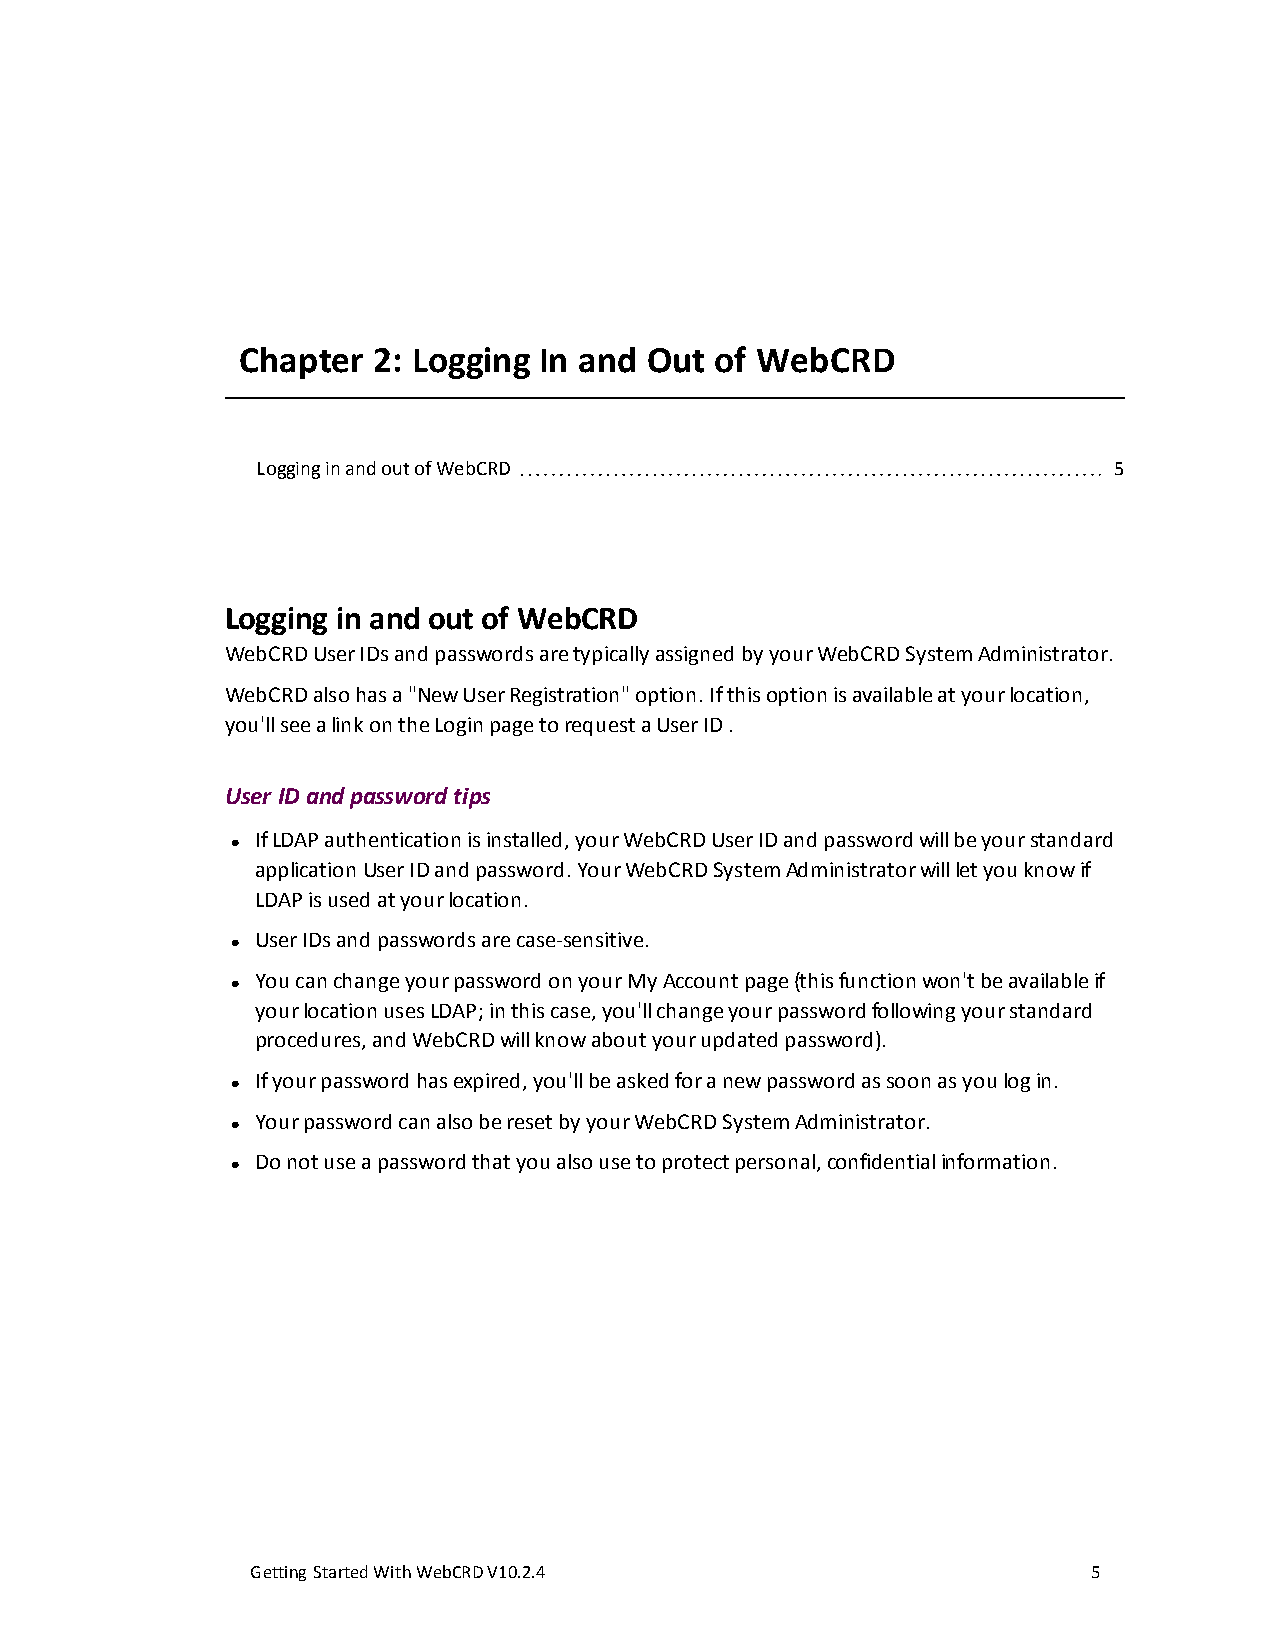
Chapter  2: Logging In and Out of WebCRD
 Logging in and out of WebCRD                             5
 Logging in and out of WebCRD
 WebCRD User IDs and passwords are typically assigned by your WebCRD System Administrator.
 WebCRD also has a "New User Registration" option. If this option is available at your location,
 you'll see a link on the Login page to request a User ID .
 User ID and password tips
 If LDAP authentication is installed, your WebCRD User ID and password will be your standard
 l
 application User ID and password. Your WebCRD System Administrator will let you know if
 LDAP is used at your location.
 User IDs and passwords are case-sensitive.
 l
 You can change your password on your My Account page (this function won't be available if
 l
 your location uses LDAP; in this case, you'll change your password following your standard
 procedures, and WebCRD will know about your updated password).
 If your password has expired, you'll be asked for a new password as soon as you log in.
 l
 Your password can also be reset by your WebCRD System Administrator.
 l
 Do not use a password that you also use to protect personal, confidential information.
 l
 GettingStartedWithWebCRDV10.2.4                        5